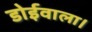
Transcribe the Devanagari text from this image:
डोईवाला।